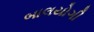
બાલયોગી